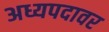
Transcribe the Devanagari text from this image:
अध्यपदावर